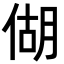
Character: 𪝍